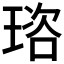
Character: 𤦿